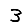
Digit: 3